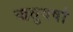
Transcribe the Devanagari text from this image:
ऋतुवर्षा